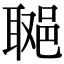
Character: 𨛿